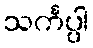
သင်္ကပ္ပါ